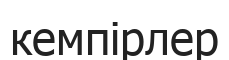
кемпірлер